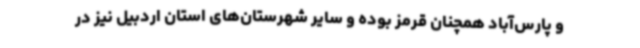
و پارس‌آباد همچنان قرمز بوده و سایر شهرستان‌های استان اردبیل نیز در